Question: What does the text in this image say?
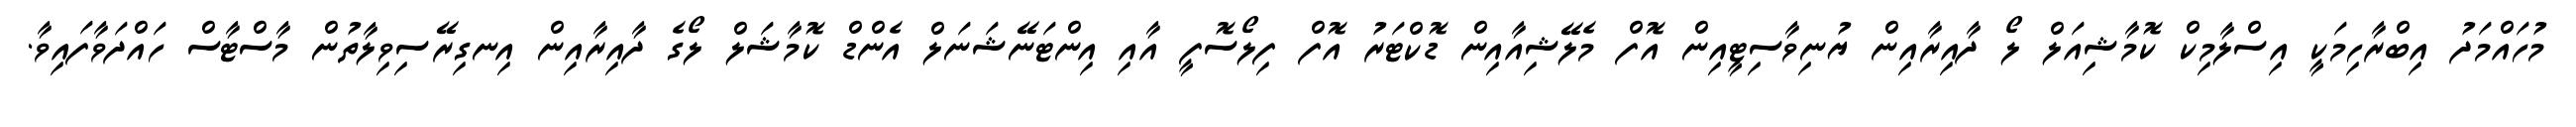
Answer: މުހައްމަދު އިބްރާހިމަކީ އިސްލާމިކް ކޮމާޝިއަލް ލޯ ދާއިރާއިން ޔުނިވާސިޓީއިން އޮފް މެލޭޝިއާއިން ޑޮކްޓަރު އޮފް ފިލޯސޮފީ އާއި އިންޓަނޭޝަނަލް އެންޑް ކޮމާޝަލް ލޯގެ ދާއިރާއިން އިނގިރޭސިވިލާތުން މާސްޓާސް ހައްދަވާފައިވާ.